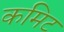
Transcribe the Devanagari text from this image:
कमिट